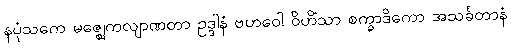
နပုံသကေ မဇ္ဈေကလျာဏတာ ဥဒ္ဒါနံ ဗဟဝေါ ဝိဟိံသာ စက္ခာဒိကော အသင်္ခတာနံ